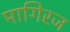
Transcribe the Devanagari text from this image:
मागिरज